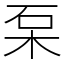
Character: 䂞